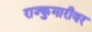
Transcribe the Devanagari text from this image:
राज्कुमारीवर